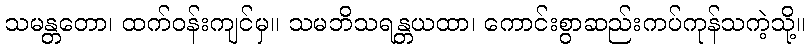
သမန္တတော၊ ထက်ဝန်းကျင်မှ။ သမဘိသရန္တယထာ၊ ကောင်းစွာဆည်းကပ်ကုန်သကဲ့သို့။